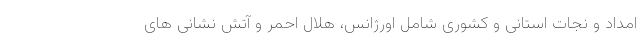
امداد و نجات استانی و کشوری شامل اورژانس، هلال احمر و آتش نشانی های